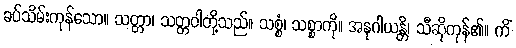
ခပ်သိမ်းကုန်သော။ သတ္တာ၊ သတ္တဝါတို့သည်။ သစ္စံ၊ သစ္စာကို။ အနုဂါယန္တိ၊ သီဆိုကုန်၏။ ကိံ